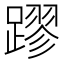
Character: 蹘